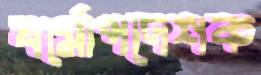
ধর্মোপদেশক